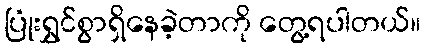
ပြုံးရွှင်စွာရှိနေခဲ့တာကို တွေ့ရပါတယ်။